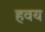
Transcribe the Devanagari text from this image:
हवय